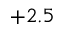
+ 2 . 5